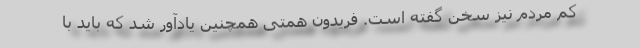
کم مردم نیز سخن گفته است. فریدون همتی همچنین یادآور شد که باید با